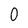
Character: 0